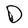
Character: D